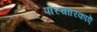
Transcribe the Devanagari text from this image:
परिचारिकाऐं